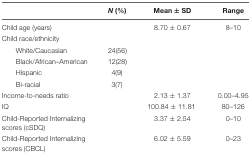
<table><thead><tr><td></td><td><b><i>N</i> (%)</b></td><td><b>Mean ± SD</b></td><td><b>Range</b></td></tr></thead><tbody><tr><td>Child age (years)</td><td></td><td>8.70 ± 0.67</td><td>8–10</td></tr><tr><td>Child race/ethnicity</td><td></td><td></td><td></td></tr><tr><td>White/Caucasian</td><td>24(56)</td><td></td><td></td></tr><tr><td>Black/African–American</td><td>12(28)</td><td></td><td></td></tr><tr><td>Hispanic</td><td>4(9)</td><td></td><td></td></tr><tr><td>Bi-racial</td><td>3(7)</td><td></td><td></td></tr><tr><td>Income-to-needs ratio</td><td></td><td>2.13 ± 1.37</td><td>0.00–4.95</td></tr><tr><td>IQ</td><td></td><td>100.84 ± 11.81</td><td>80–126</td></tr><tr><td>Child-Reported Internalizing scores (cSDQ)</td><td></td><td>3.37 ± 2.54</td><td>0–10</td></tr><tr><td>Child-Reported Internalizing scores (CBCL)</td><td></td><td>6.02 ± 5.59</td><td>0–23</td></tr></tbody></table>